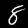
Digit: 8